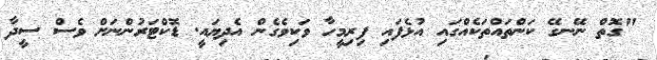
"ގޮތް ނޭނގޭ ކަންތައްތަކެއްގައި އުޅެފައި ފިރިމީހާ ވަކިވެގެން އެދިޔައީ. ޑޮކްޓަރުންނަށް ވެސް ސީދާ